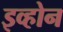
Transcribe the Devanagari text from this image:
इव्होन